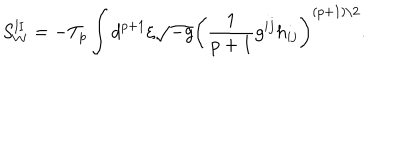
S _ { W } ^ { \mathrm { I I } } = - T _ { p } \int d ^ { p + 1 } { \xi } \sqrt { - g } \left( \frac { 1 } { p + 1 } g ^ { i j } h _ { i j } \right) ^ { ( p + 1 ) / 2 } .